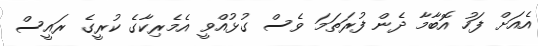
އެއަށް ފަހު އޮބާމާ ދެން ފުރަތަމަ ވެސް ގުޅުއްވީ އެމެރިކާގެ ކުރީގެ ރައީސް